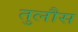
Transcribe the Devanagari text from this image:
तुलौस